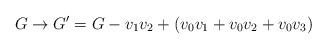
LaTeX: \begin{align*}G \to G' = G- v_1v_2 + (v_0v_1 +v_0v_2+v_0v_3)\end{align*}